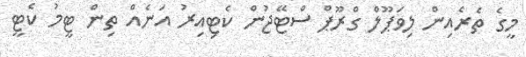
މީގެ ތެރެއިން ލިވަޕޫލް ގްރޫޕް ސްޓޭޖުން ކެޓިއިރު އަނެއް ތިން ޓީމު ކެޓީ